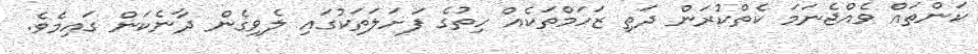
ކަންތައް ވެއްޖެނަމަ ކެތްކުރަން ދަތި ޒަހަމްތަކެއް ހިތުގެ ފަށަލަތަކުގައި ލެވިގެން ދާނެކަން ގައިމެވެ.